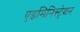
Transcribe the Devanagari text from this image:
एडमिनिस्ट्रेशन